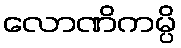
လောဏိကမ္ပိ